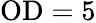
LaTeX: \mathrm{OD}=5